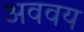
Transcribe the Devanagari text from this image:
अववय